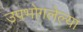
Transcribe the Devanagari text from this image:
उपभोगलेल्या